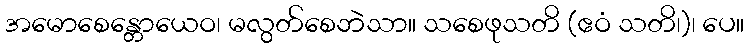
အမောစေန္တောယေဝ၊ မလွတ်စေဘဲသာ။ သစေဖုသတိ (ဧဝံ သတိ၊)၊ ပေ။